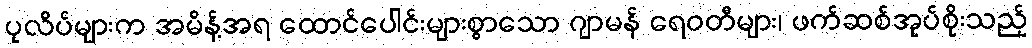
ပုလိပ်များက အမိန့်အရ ထောင်ပေါင်းများစွာသော ဂျာမန် ရေဝတီများ၊ ဖက်ဆစ်အုပ်စိုးသည့်